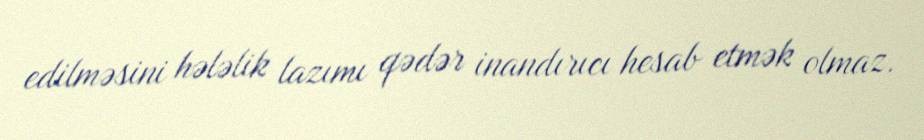
edilməsini hələlik lazımı qədər inandırıcı hesab etmək olmaz.